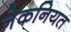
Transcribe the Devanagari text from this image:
नेकनियत